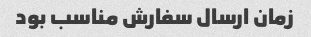
زمان ارسال سفارش مناسب بود